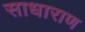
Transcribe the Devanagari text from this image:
साधाराण